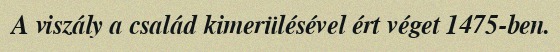
A viszály a család kimerülésével ért véget 1475-ben.